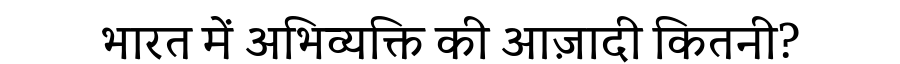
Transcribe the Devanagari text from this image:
भारत में अभिव्यक्ति की आज़ादी कितनी?